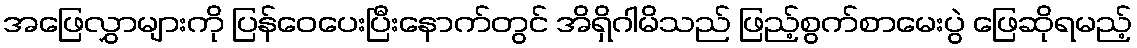
အဖြေလွှာများကို ပြန်ဝေပေးပြီးနောက်တွင် အိရှိဂါမိသည် ဖြည့်စွက်စာမေးပွဲ ဖြေဆိုရမည့်